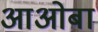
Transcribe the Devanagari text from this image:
आओबा